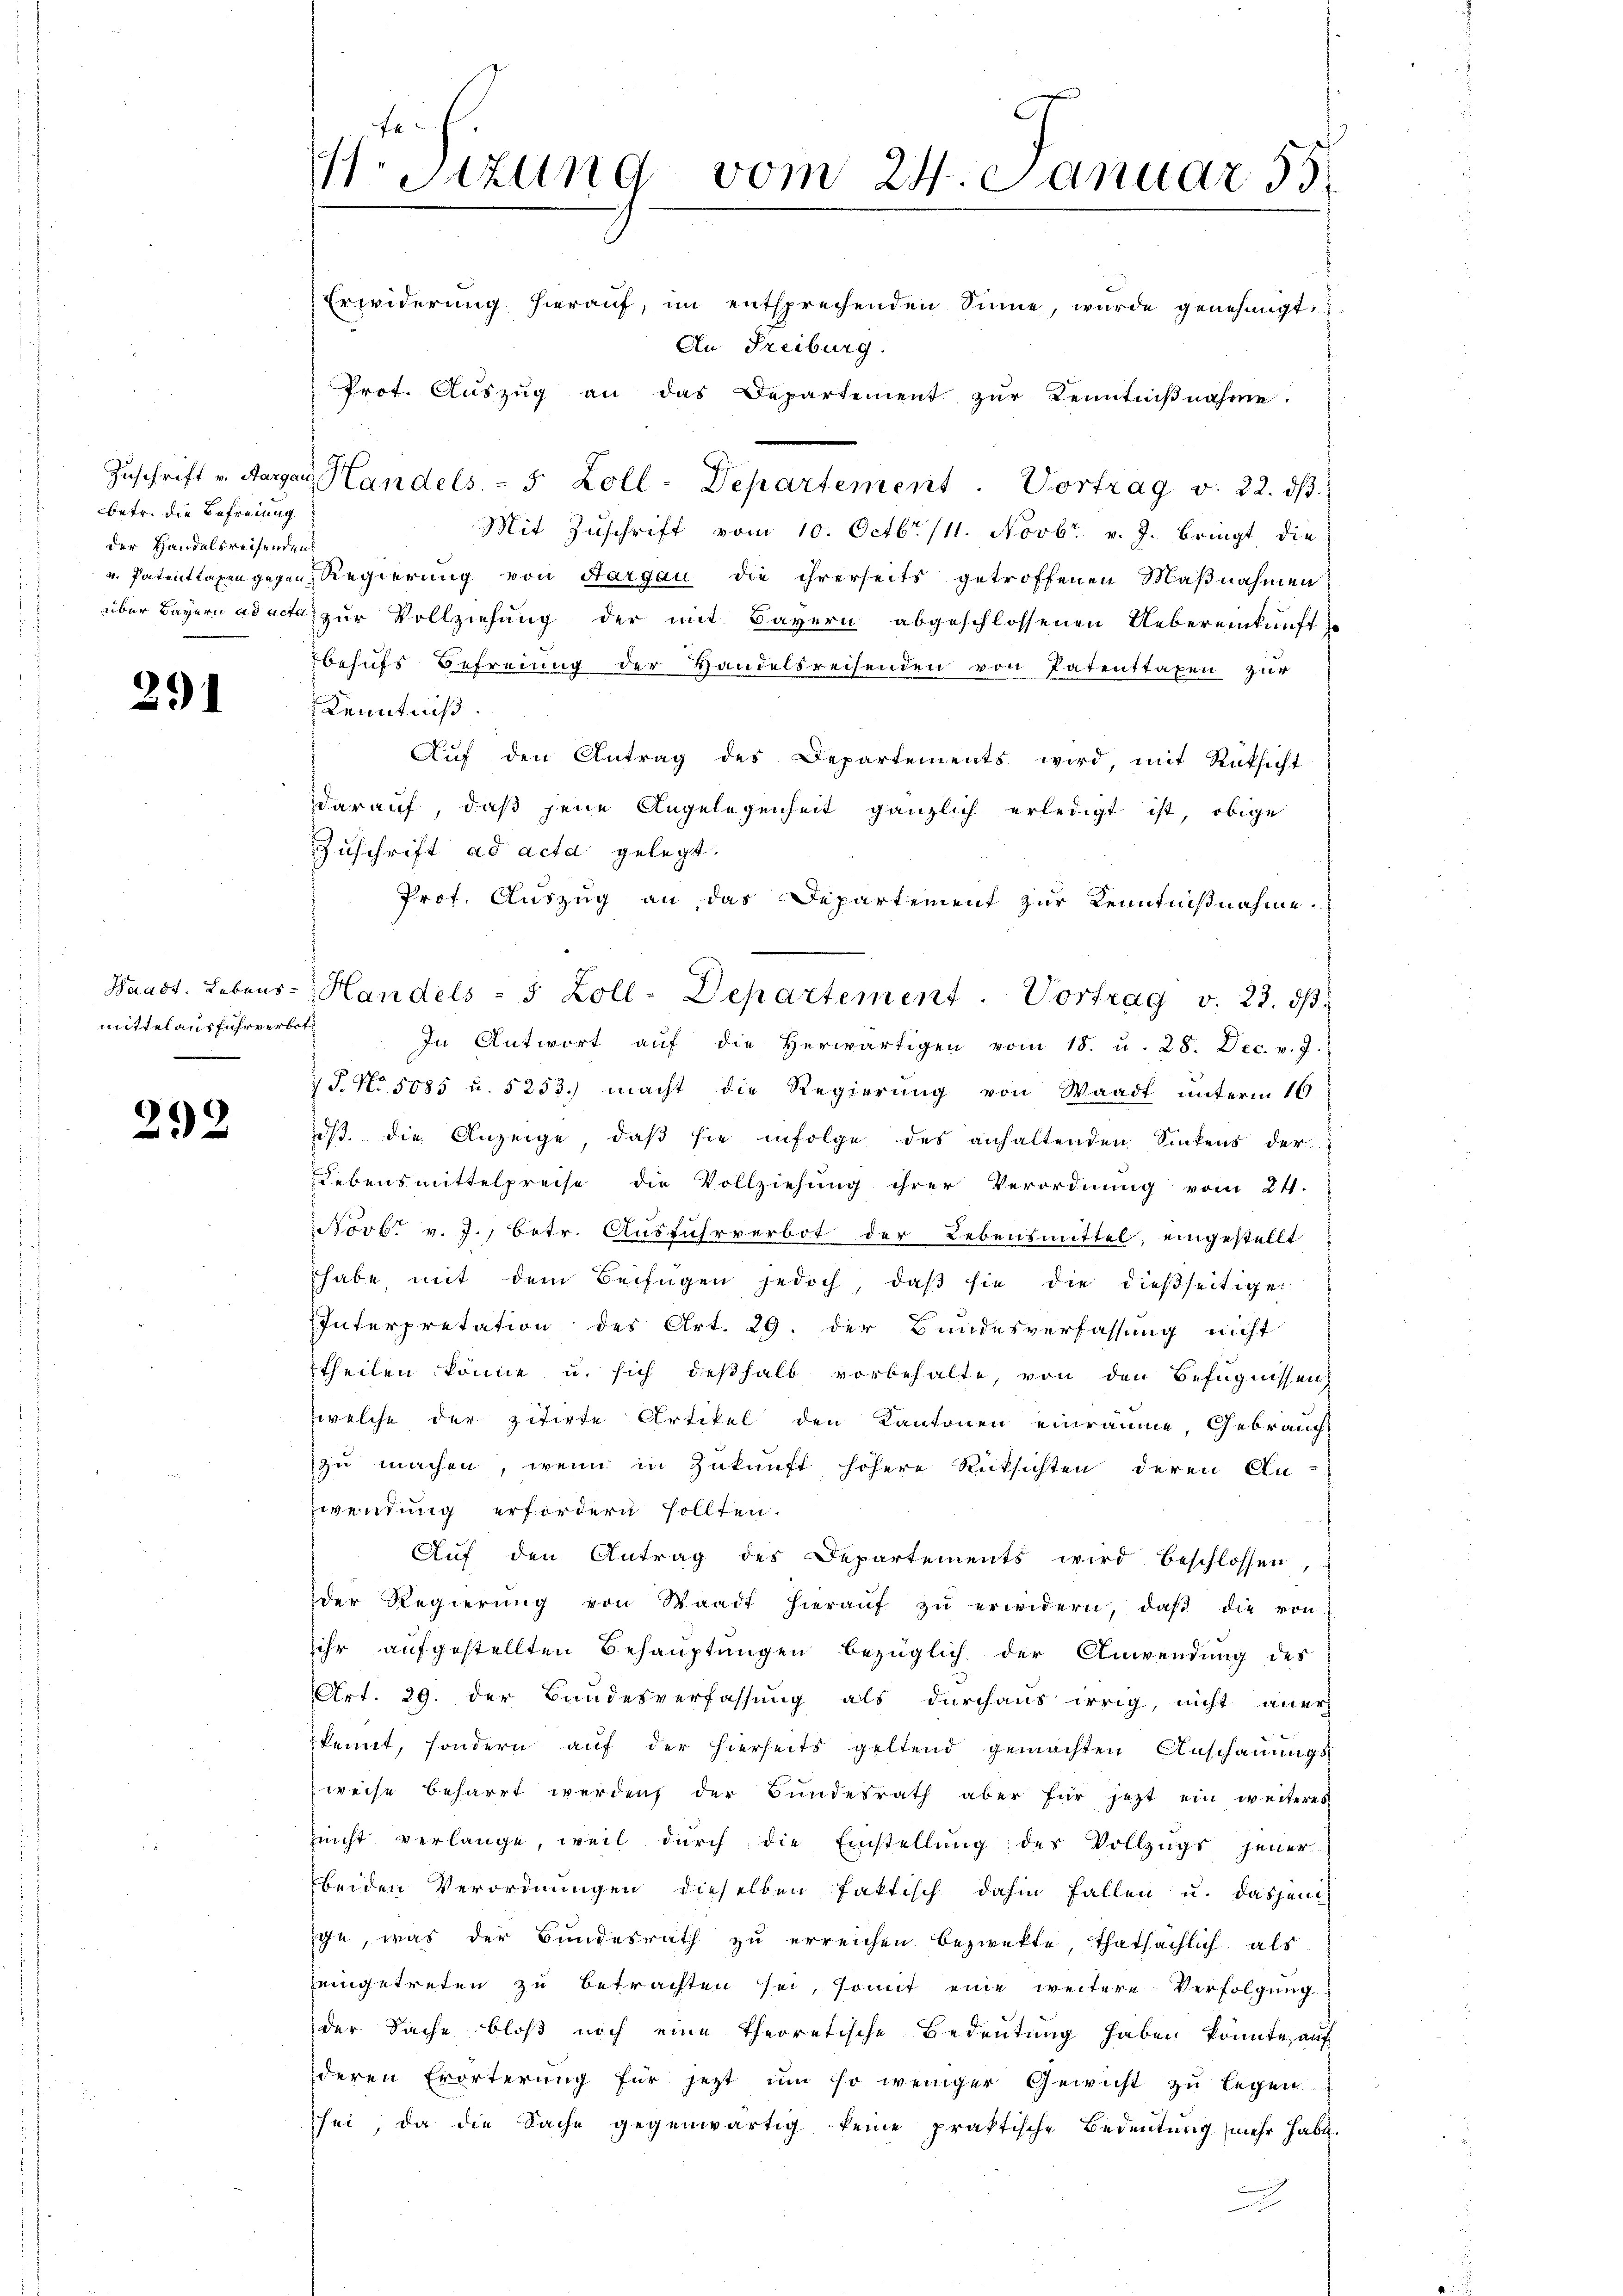
betr. die Befreiung
der Handelsreifenden

291

Waadt, Lebensmittelausfuhrverbet

292

.Sizung vom 24. Januar 55

Erwiderŭng hieraŭf, im entsprechenden Sinne, wurde genehmigt.
Mit Zŭschrift vom 10. Octbr. 11. Novbr. v. J. Bringt die
v. Patentlagen gegen Regierung von Aargau die ihrerseits getroffenen Maßnahmen
über Bayern ad acta zur Vollziehung der mit Bayern abgeschlossenen Uebereinkunft
behufs Befreiung der Handelsreisenden von Patenttaxen zur
Kenntniß.
Aŭf den Antrag des Departements wird, mit Rüksicht
darauf, daß jene Angelegenheit gänzlich erledigt ist, obige
Zuschrift ad acta gelegt.
Prof. Auszug an das Departement zur Kenntnißnahme.
In Antwort aŭf die herwärtigen vom 18. u. 28. Dec. v. J.
J. No 5085 u. 5253.) macht die Regierung von Waadt unterm 16.
dß. die Anzeige, daß sie infolge des anhaltenden Sinkens der
Lebensmittelpreise die Vollziehung ihrer Verordnung vom 24.
Novb. v. J., betr. Ausfuhrverbot der Lebensmittel, eingestellt
habe, mit dem Beifügen jedoch, daβ sie die dieβseitige
Interpretation des Art. 29. der Bundesverfassung nicht
theilen könne u. sich deßhalb vorbehalte, von den Befugnissen
welche der zitirte Artikel den Kantonen einräume, Gebrauch-
zu machen, wenn in Zukunft höhere Rücksichten deren An-
Zwendung erfordern sollten.
Auf den Antrag des Departements wird beschlossen,
der Regierŭng von Waadt hieraŭf zŭ erwidern, daβ die von
ihr aufgestellten Behauptungen bezüglich der Anwendung des
Art. 29. der Bandesverfassung als durchaus irrig, nicht aner
kennt, sondern aŭf der hierseits geltend gemachten Anschauungs-
weise beharrt werden, der Bundesrath aber für jetzt ein weiteres
Zeicht verlange, weil dŭrch die Einstellŭng des Vollzŭgs jener
beiden Verordnungen dieselben faktisch dahin fallen u. dasjeni
ge, was der Bundesrath zu erreichen bezwekte, thatsächlich als
eingetreten zu betrachten sei, somit eine weitere Verfolgung
der Sache bloß noch eine theoretische Bedeutung haben könnte, auf
deren Erörterung für jetzt um so weniger Gewicht zu legen.
sei; da die Sache gegenwärtig keine praktische Bedeutung (mehr habe.
A

An Freiburg.
Prot. Auszug an das Departement zur Kenntnißnahme.

Zŭschrift v. Aargau, Handels, - 5 Zoll-Departement. Vortrag v. 22. dβ.

Handels - 5 Zoll-Departement. Vortrag v. 23. dβ.